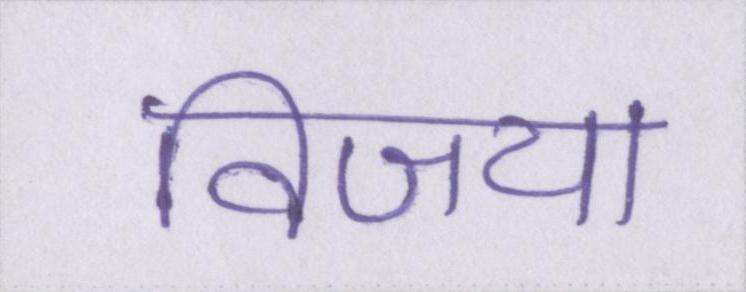
विजया